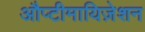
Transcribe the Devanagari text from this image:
औप्टीमायिज़ेशन